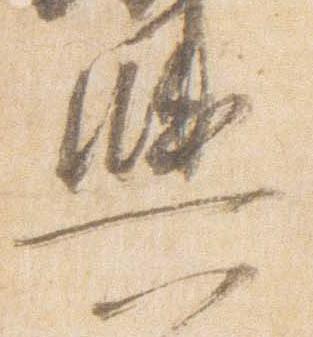
輿